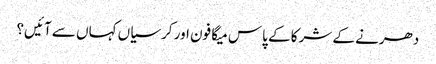
دھرنے کے شرکا کے پاس میگا فون اور کرسیاں کہاں سے آئیں؟